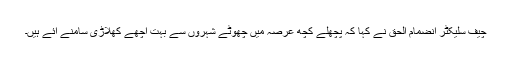
چیف سلیکٹر انضمام الحق نے کہا کہ پچھلے کچھ عرصہ میں چھوٹے شہروں سے بہت اچھے کھلاڑی سامنے آئے ہیں۔